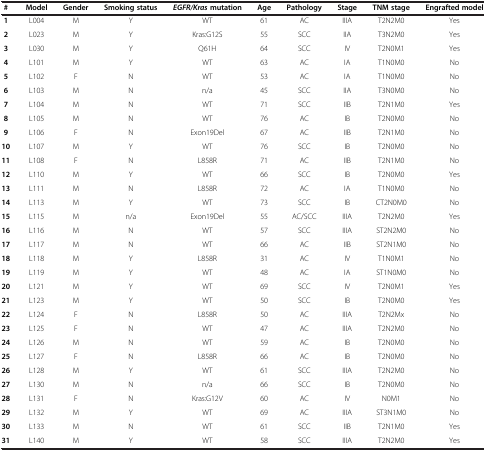
<table><thead><tr><td><b>#</b></td><td><b>Model</b></td><td><b>Gender</b></td><td><b>Smoking status</b></td><td><b><i>EGFR/Kras </i>mutation</b></td><td><b>Age</b></td><td><b>Pathology</b></td><td><b>Stage</b></td><td><b>TNM stage</b></td><td><b>Engrafted model</b></td></tr></thead><tbody><tr><td><b>1</b></td><td>L004</td><td>M</td><td>Y</td><td>WT</td><td>61</td><td>AC</td><td>IIIA</td><td>T2N2M0</td><td>Yes</td></tr><tr><td><b>2</b></td><td>L023</td><td>M</td><td>Y</td><td>Kras:G12S</td><td>55</td><td>SCC</td><td>IIA</td><td>T3N2M0</td><td>Yes</td></tr><tr><td><b>3</b></td><td>L030</td><td>M</td><td>Y</td><td>Q61H</td><td>64</td><td>SCC</td><td>IV</td><td>T2N0M1</td><td>Yes</td></tr><tr><td><b>4</b></td><td>L101</td><td>M</td><td>Y</td><td>WT</td><td>63</td><td>AC</td><td>IA</td><td>T1N0M0</td><td>No</td></tr><tr><td><b>5</b></td><td>L102</td><td>F</td><td>N</td><td>WT</td><td>53</td><td>AC</td><td>IA</td><td>T1N0M0</td><td>No</td></tr><tr><td><b>6</b></td><td>L103</td><td>M</td><td>N</td><td>n/a</td><td>45</td><td>SCC</td><td>IIA</td><td>T3N0M0</td><td>No</td></tr><tr><td><b>7</b></td><td>L104</td><td>M</td><td>N</td><td>WT</td><td>71</td><td>SCC</td><td>IIB</td><td>T2N1M0</td><td>Yes</td></tr><tr><td><b>8</b></td><td>L105</td><td>M</td><td>N</td><td>WT</td><td>76</td><td>AC</td><td>IB</td><td>T2N0M0</td><td>No</td></tr><tr><td><b>9</b></td><td>L106</td><td>F</td><td>N</td><td>Exon19Del</td><td>67</td><td>AC</td><td>IIB</td><td>T2N1M0</td><td>No</td></tr><tr><td><b>10</b></td><td>L107</td><td>M</td><td>Y</td><td>WT</td><td>76</td><td>SCC</td><td>IB</td><td>T2N0M0</td><td>No</td></tr><tr><td><b>11</b></td><td>L108</td><td>F</td><td>N</td><td>L858R</td><td>71</td><td>AC</td><td>IIB</td><td>T2N1M0</td><td>No</td></tr><tr><td><b>12</b></td><td>L110</td><td>M</td><td>Y</td><td>WT</td><td>66</td><td>SCC</td><td>IB</td><td>T2N0M0</td><td>Yes</td></tr><tr><td><b>13</b></td><td>L111</td><td>M</td><td>N</td><td>L858R</td><td>72</td><td>AC</td><td>IA</td><td>T1N0M0</td><td>No</td></tr><tr><td><b>14</b></td><td>L113</td><td>M</td><td>Y</td><td>WT</td><td>73</td><td>SCC</td><td>IB</td><td>CT2N0M0</td><td>No</td></tr><tr><td><b>15</b></td><td>L115</td><td>M</td><td>n/a</td><td>Exon19Del</td><td>55</td><td>AC/SCC</td><td>IIIA</td><td>T2N2M0</td><td>Yes</td></tr><tr><td><b>16</b></td><td>L116</td><td>M</td><td>N</td><td>WT</td><td>57</td><td>SCC</td><td>IIIA</td><td>ST2N2M0</td><td>No</td></tr><tr><td><b>17</b></td><td>L117</td><td>M</td><td>N</td><td>WT</td><td>66</td><td>AC</td><td>IIB</td><td>ST2N1M0</td><td>No</td></tr><tr><td><b>18</b></td><td>L118</td><td>M</td><td>Y</td><td>L858R</td><td>31</td><td>AC</td><td>IV</td><td>T1N0M1</td><td>No</td></tr><tr><td><b>19</b></td><td>L119</td><td>M</td><td>Y</td><td>WT</td><td>48</td><td>AC</td><td>IA</td><td>ST1N0M0</td><td>No</td></tr><tr><td><b>20</b></td><td>L121</td><td>M</td><td>Y</td><td>WT</td><td>69</td><td>SCC</td><td>IV</td><td>T2N0M1</td><td>Yes</td></tr><tr><td><b>21</b></td><td>L123</td><td>M</td><td>Y</td><td>WT</td><td>50</td><td>SCC</td><td>IB</td><td>T2N0M0</td><td>Yes</td></tr><tr><td><b>22</b></td><td>L124</td><td>F</td><td>N</td><td>L858R</td><td>50</td><td>AC</td><td>IIIA</td><td>T2N2Mx</td><td>No</td></tr><tr><td><b>23</b></td><td>L125</td><td>F</td><td>N</td><td>WT</td><td>47</td><td>AC</td><td>IIIA</td><td>T2N2M0</td><td>No</td></tr><tr><td><b>24</b></td><td>L126</td><td>M</td><td>N</td><td>WT</td><td>59</td><td>AC</td><td>IB</td><td>T2N0M0</td><td>No</td></tr><tr><td><b>25</b></td><td>L127</td><td>F</td><td>N</td><td>L858R</td><td>66</td><td>AC</td><td>IB</td><td>T2N0M0</td><td>No</td></tr><tr><td><b>26</b></td><td>L128</td><td>M</td><td>Y</td><td>WT</td><td>61</td><td>SCC</td><td>IIIA</td><td>T2N2M0</td><td>No</td></tr><tr><td><b>27</b></td><td>L130</td><td>M</td><td>N</td><td>n/a</td><td>66</td><td>SCC</td><td>IB</td><td>T2N0M0</td><td>No</td></tr><tr><td><b>28</b></td><td>L131</td><td>F</td><td>N</td><td>Kras:G12V</td><td>60</td><td>AC</td><td>IV</td><td>N0M1</td><td>No</td></tr><tr><td><b>29</b></td><td>L132</td><td>M</td><td>Y</td><td>WT</td><td>69</td><td>AC</td><td>IIIA</td><td>ST3N1M0</td><td>No</td></tr><tr><td><b>30</b></td><td>L133</td><td>M</td><td>N</td><td>WT</td><td>61</td><td>SCC</td><td>IIB</td><td>T2N1M0</td><td>Yes</td></tr><tr><td><b>31</b></td><td>L140</td><td>M</td><td>Y</td><td>WT</td><td>58</td><td>SCC</td><td>IIIA</td><td>T2N2M0</td><td>Yes</td></tr></tbody></table>